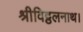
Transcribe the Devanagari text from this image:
श्रीविट्ठलनाथ।